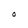
Character: O